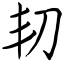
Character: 㓞